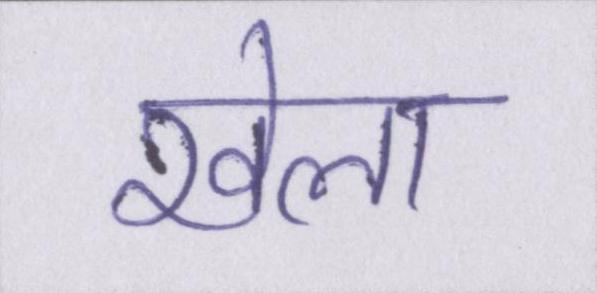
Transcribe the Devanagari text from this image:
खेला